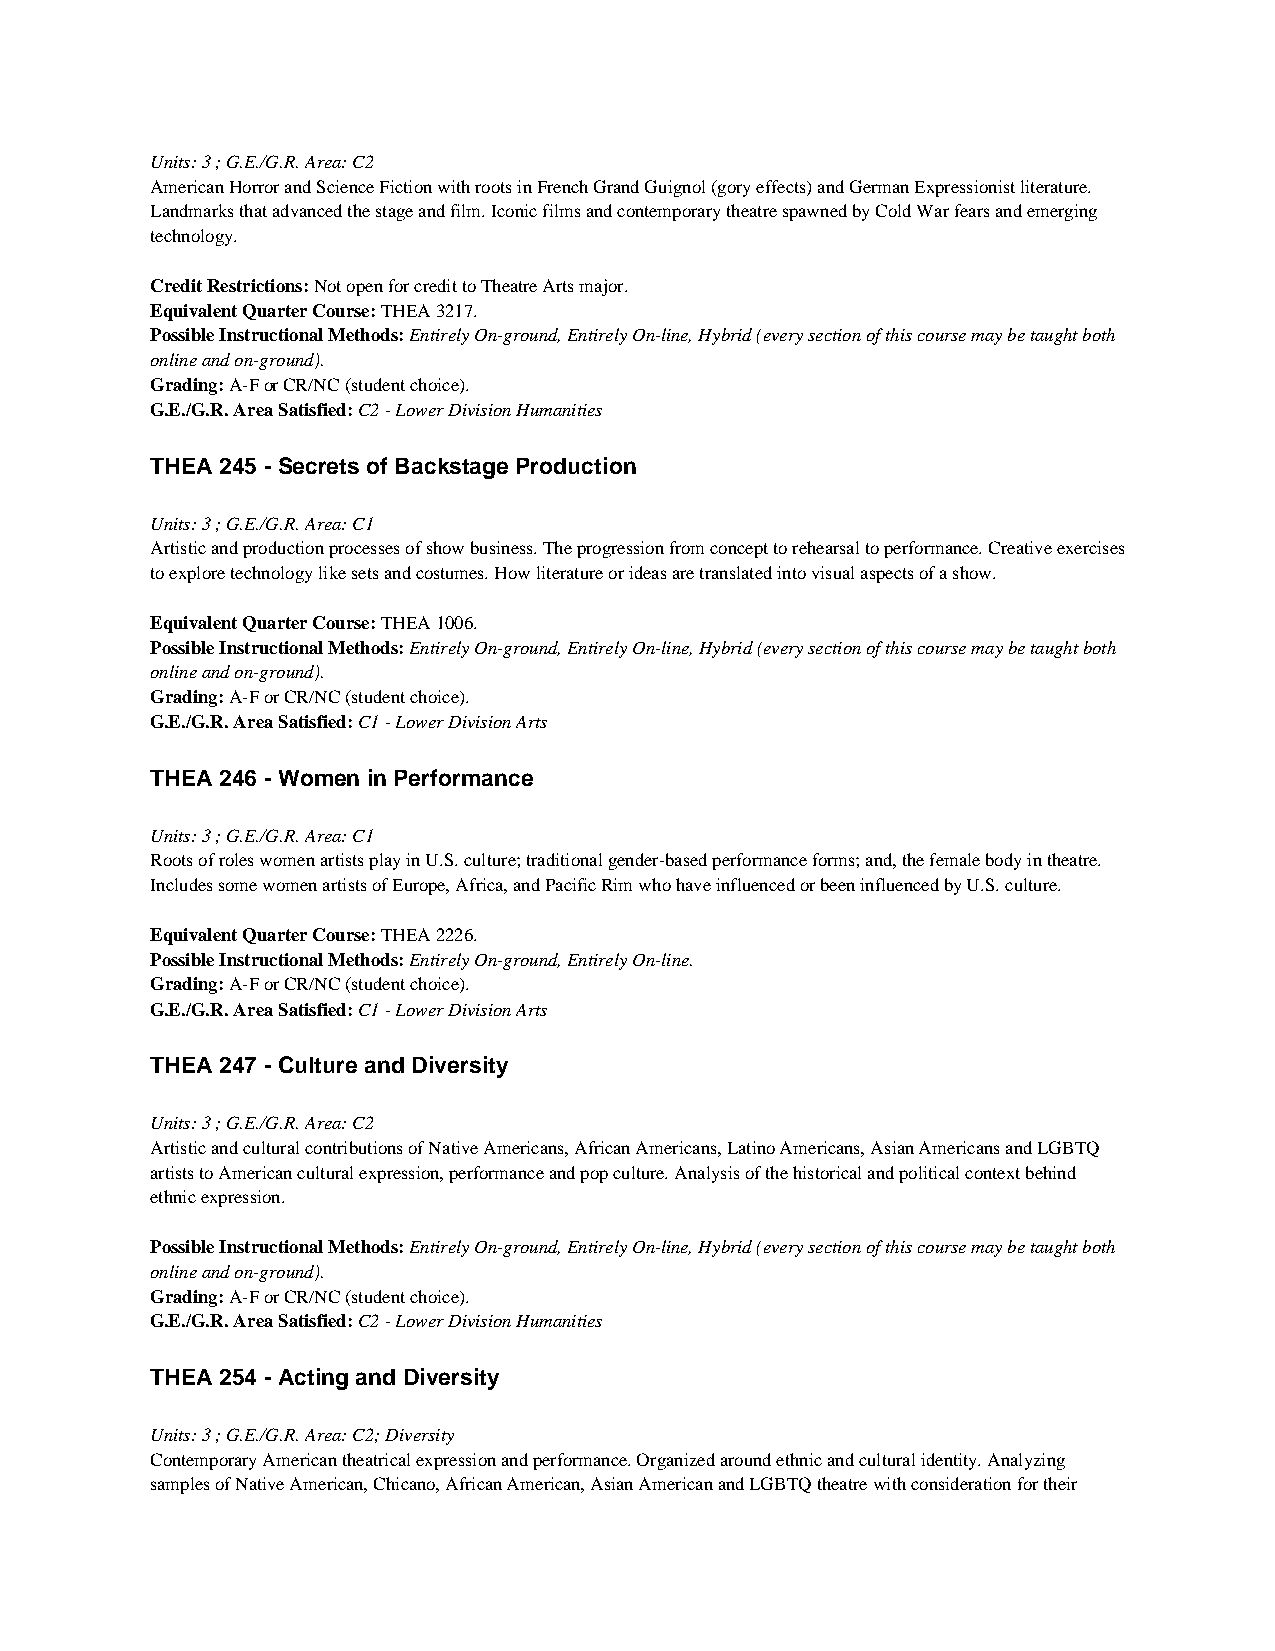
Units: 3 ; G.E./G.R. Area: C2
 American Horror and Science Fiction with roots in French Grand Guignol (gory effects) and German Expressionist literature.
 Landmarks that advanced the stage and film. Iconic films and contemporary theatre spawned by Cold War fears and emerging
 technology.
 Credit Restrictions: Not open for credit to Theatre Arts major.
 Equivalent Quarter Course: THEA 3217.
 Possible Instructional Methods: Entirely On-ground, Entirely On-line, Hybrid (every section of this course may be taught both
 online and on-ground).
 Grading: A-F or CR/NC (student choice).
 G.E./G.R. Area Satisfied: C2 - Lower Division Humanities
 THEA 245 - Secrets of Backstage Production
 Units: 3 ; G.E./G.R. Area: C1
 Artistic and production processes of show business. The progression from concept to rehearsal to performance. Creative exercises
 to explore technology like sets and costumes. How literature or ideas are translated into visual aspects of a show.
 Equivalent Quarter Course: THEA 1006.
 Possible Instructional Methods: Entirely On-ground, Entirely On-line, Hybrid (every section of this course may be taught both
 online and on-ground).
 Grading: A-F or CR/NC (student choice).
 G.E./G.R. Area Satisfied: C1 - Lower Division Arts
 THEA 246 - Women in Performance
 Units: 3 ; G.E./G.R. Area: C1
 Roots of roles women artists play in U.S. culture; traditional gender-based performance forms; and, the female body in theatre.
 Includes some women artists of Europe, Africa, and Pacific Rim who have influenced or been influenced by U.S. culture.
 Equivalent Quarter Course: THEA 2226.
 Possible Instructional Methods: Entirely On-ground, Entirely On-line.
 Grading: A-F or CR/NC (student choice).
 G.E./G.R. Area Satisfied: C1 - Lower Division Arts
 THEA 247 - Culture and Diversity
 Units: 3 ; G.E./G.R. Area: C2
 Artistic and cultural contributions of Native Americans, African Americans, Latino Americans, Asian Americans and LGBTQ
 artists to American cultural expression, performance and pop culture. Analysis of the historical and political context behind
 ethnic expression.
 Possible Instructional Methods: Entirely On-ground, Entirely On-line, Hybrid (every section of this course may be taught both
 online and on-ground).
 Grading: A-F or CR/NC (student choice).
 G.E./G.R. Area Satisfied: C2 - Lower Division Humanities
 THEA 254 - Acting and Diversity
 Units: 3 ; G.E./G.R. Area: C2; Diversity
 Contemporary American theatrical expression and performance. Organized around ethnic and cultural identity. Analyzing
 samples of Native American, Chicano, African American, Asian American and LGBTQ theatre with consideration for their